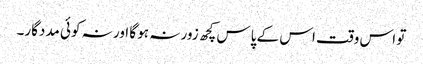
تو اس وقت اس کے پاس کچھ زور نہ ہو گا اور نہ کوئی مددگار۔